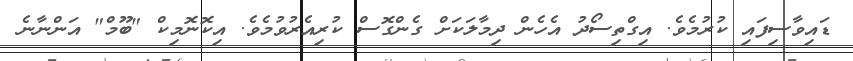
ޑައިވާސިފައި ކުރުމެވެ. އިގްތިސޯދު އެހެން ދިމާލަކަށް ގެންގޮސް ކުރިއެރުވުމެވެ. އިކޮނޮމިކް "ބޫމް" އަންނާނެ